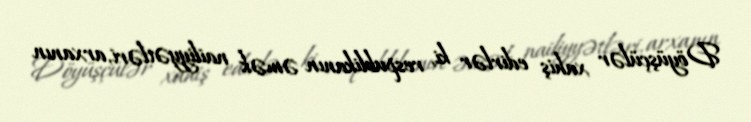
Döyüşçülər xahiş edirlər ki, respublikanın əmək nailiyyətləri, arxanın